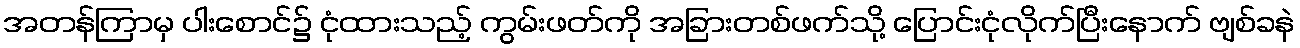
အတန်ကြာမှ ပါးစောင်၌ ငုံထားသည့် ကွမ်းဖတ်ကို အခြားတစ်ဖက်သို့ ပြောင်းငုံလိုက်ပြီးနောက် ဗျစ်ခနဲ